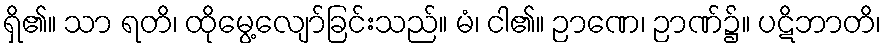
ရှိ၏။ သာ ရတိ၊ ထိုမွေ့လျော်ခြင်းသည်။ မံ၊ ငါ၏။ ဉာဏေ၊ ဉာဏ်၌။ ပဋိဘာတိ၊